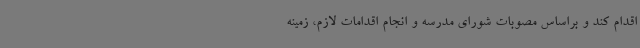
اقدام کند و براساس مصوبات شورای مدرسه و انجام اقدامات لازم، زمینه